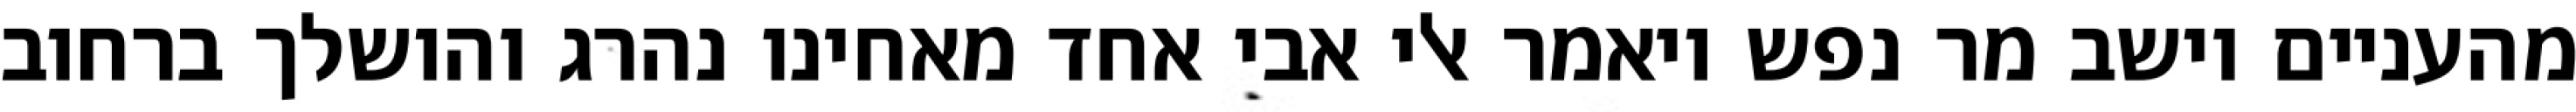
מהעניים וישב מר נפש ויאמר אלי אבי אחד מאחינו נהרג והושלך ברחוב